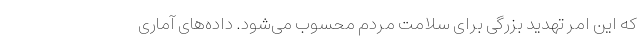
که این امر تهدید بزرگی برای سلامت مردم محسوب می‌شود. داده‌های آماری